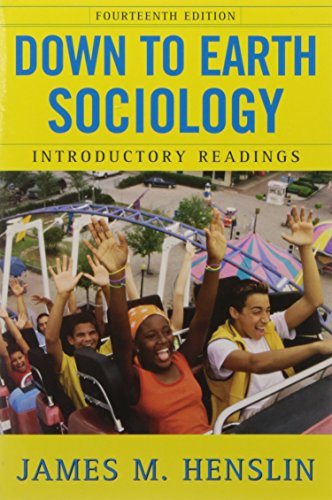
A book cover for Down to Earth Sociology: 14th Edition: Introductory Readings, Fourteenth Edition; James M. Henslin; Politics & Social Sciences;